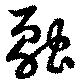
融